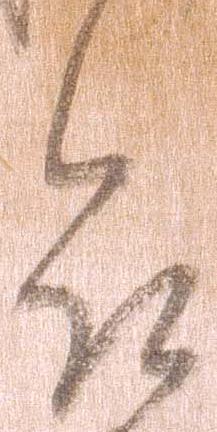
合